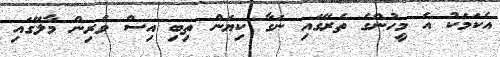
އެކަމަކު އެ މީހުންގެ ތެރޭގައި ނަގާ ކިޔަން ތިބި އިސް ވެރިން މާލޭގައި